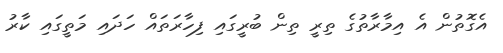
އެގޮތުން އެ އިމާރާތުގެ ތިރީ ތިން ބުރީގައި ފިހާރަތައް ހަދައި މަތީގައި ކާރު